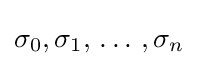
\sigma _{0},\sigma _{1},\,\dots \,,\sigma _{n}